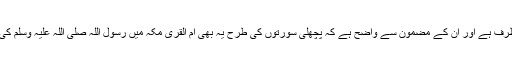
دونوں میں روے سخن قریش کے سرداروں کی طرف ہے اور اِن کے مضمون سے واضح ہے کہ پچھلی سورتوں کی طرح یہ بھی ام القریٰ مکہ میں رسول اللہ صلی اللہ علیہ وسلم کی دعوت کے مرحلۂ انذار عام میں نازل ہوئی ہیں۔